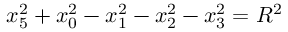
x _ { 5 } ^ { 2 } + x _ { 0 } ^ { 2 } - x _ { 1 } ^ { 2 } - x _ { 2 } ^ { 2 } - x _ { 3 } ^ { 2 } = R ^ { 2 }